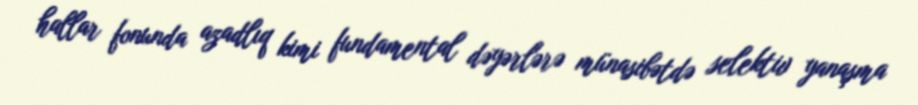
hallar fonunda azadlıq kimi fundamental dəyərlərə münasibətdə selektiv yanaşma